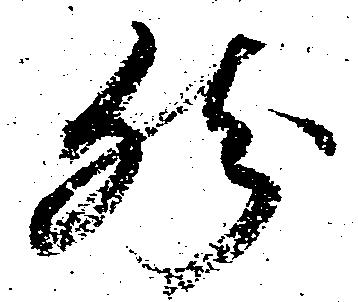
然